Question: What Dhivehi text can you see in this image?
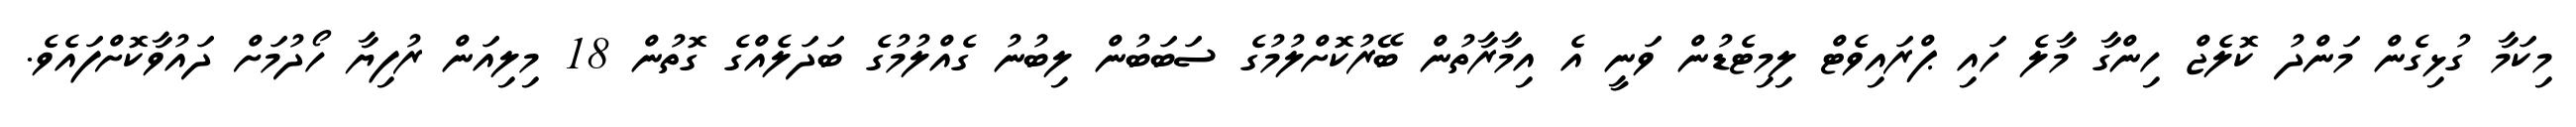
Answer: މިކަމާ ގުޅިގެން މަންދު ކޮލެޖް ހިންގާ މާލެ ހައި ޕްރައިވެޓް ލިމިޓެޑުން ވަނީ އެ އިމާރާތުން ބޭރުކޮށްލުމުގެ ސަބަބުން ލިބުނު ގެއްލުމުގެ ބަދަލެއްގެ ގޮތުން 18 މިލިއަން ރުފިޔާ ހޯދުމަށް ދައުވާކޮށްފައެވެ.